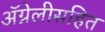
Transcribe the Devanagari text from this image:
ॲग्नेलीसहित